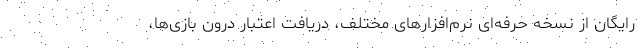
رایگان از نسخه حرفه‌ای نرم‌افزارهای مختلف، دریافت اعتبار درون بازی‌ها،